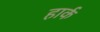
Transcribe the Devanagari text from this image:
हार्क